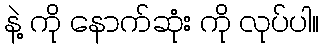
နဲ့ ကို နောက်ဆုံး ကို လုပ်ပါ။